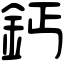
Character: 鈣